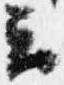
云